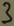
Text: 3